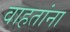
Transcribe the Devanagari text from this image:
वाहतांना